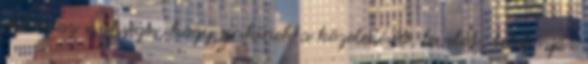
ehhez az szükséges, hogy senkinek a közeledését, levelét, telefonját